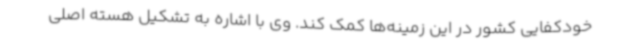
خودکفایی کشور در این زمینه‌ها کمک کند. وی با اشاره به تشکیل هسته اصلی